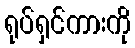
ရုပ်ရှင်ကားကို